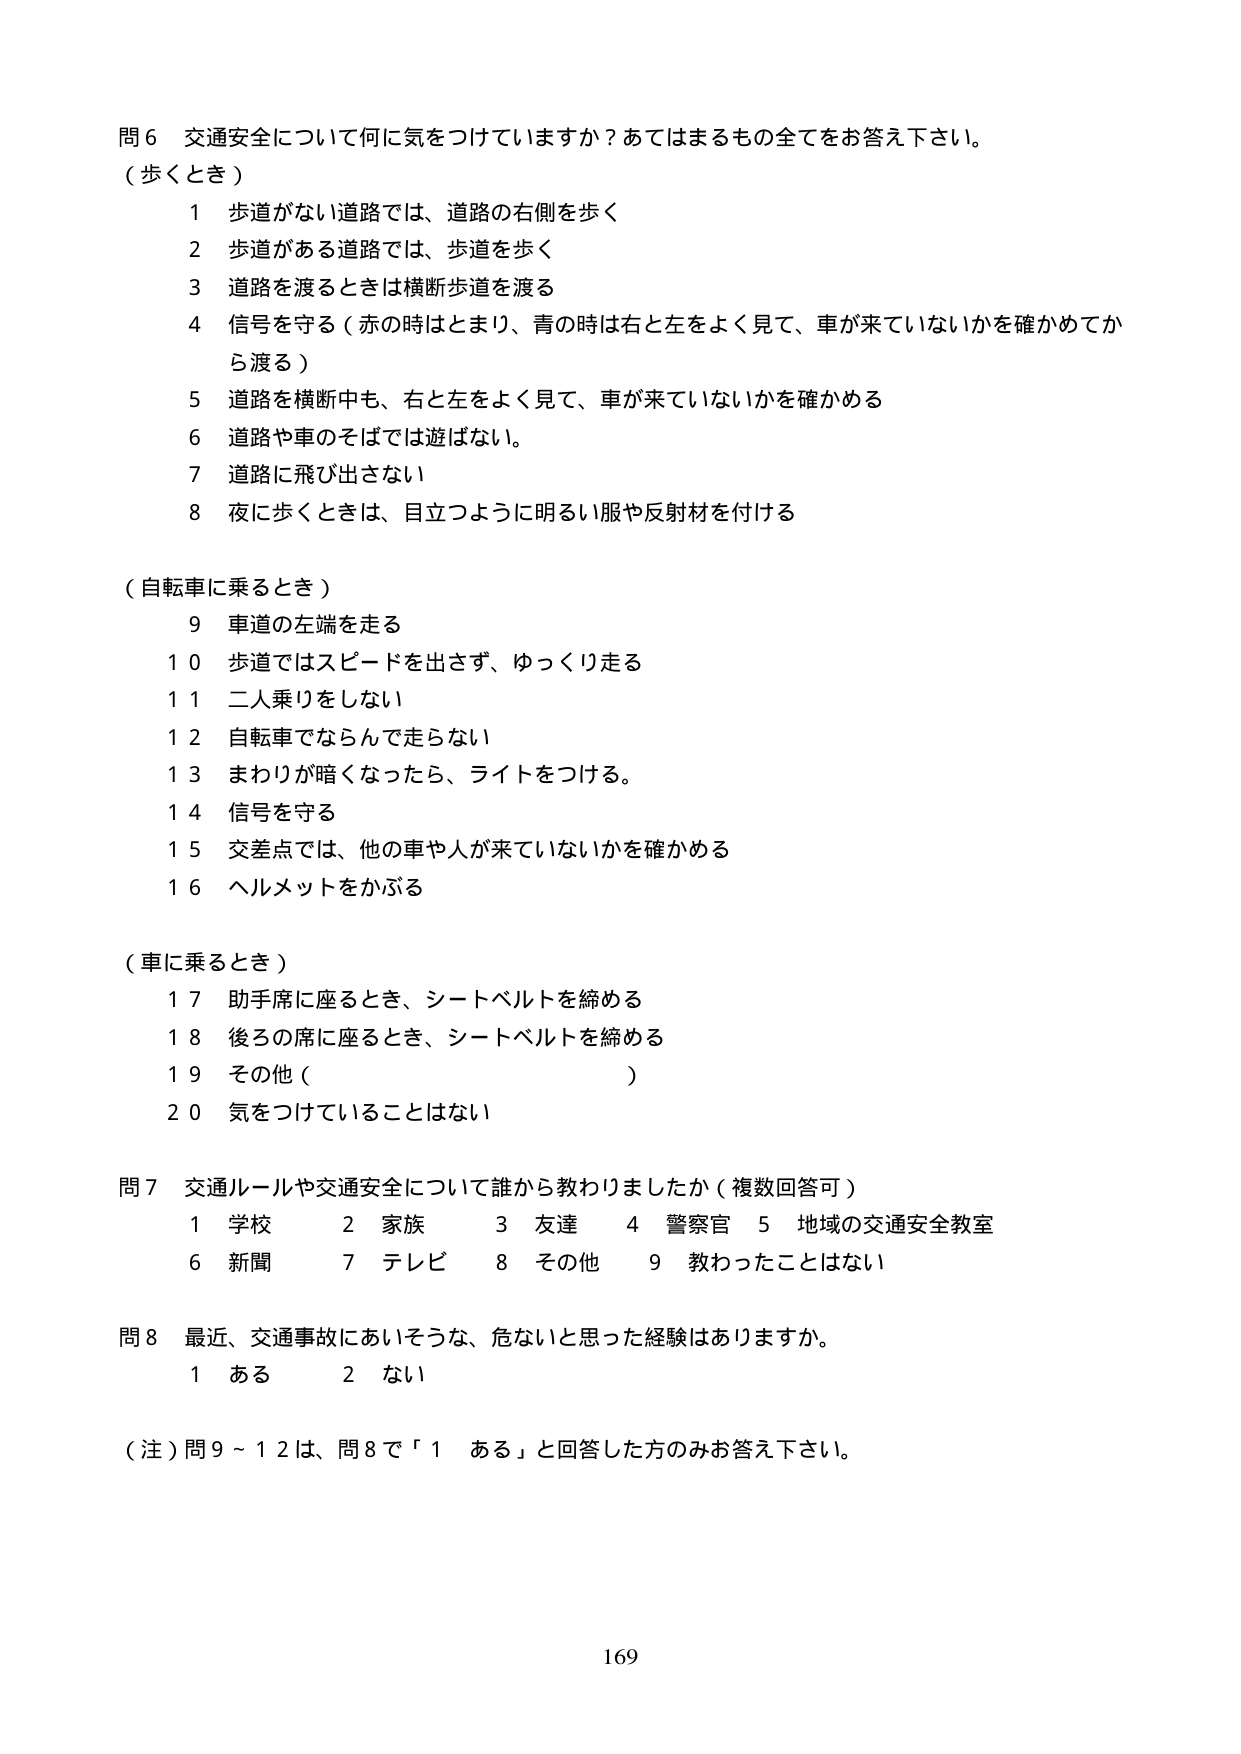
問６ 交通安全について何に気をつけていますか？あてはまるもの全てをお答え下さい。

（歩くとき）
１ 歩道がない道路では、道路の右側を歩く
２ 歩道がある道路では、歩道を歩く
３ 道路を渡るときは横断歩道を渡る
４ 信号を守る（赤の時はとまり、青の時は右と左をよく見て、車が来ていないかを確かめてから渡る）
５ 道路を横断中も、右と左をよく見て、車が来ていないかを確かめる
６ 道路や車のそばでは遊ばない。
７ 道路に飛び出さない
８ 夜に歩くときは、目立つように明るい服や反射材を付ける

（自転車に乗るとき）
９ 車道の左端を走る
１０ 歩道ではスピードを出さず、ゆっくり走る
１１ 二人乗りをしない
１２ 自転車でならんで走らない
１３ まわりが暗くなったら、ライトをつける。
１４ 信号を守る
１５ 交差点では、他の車や人が来ていないかを確かめる
１６ ヘルメットをかぶる

（車に乗るとき）
１７ 助手席に座るとき、シートベルトを締める
１８ 後ろの席に座るとき、シートベルトを締める
１９ その他（　　　　　　　　　　　　　）
２０ 気をつけていることはない

問７ 交通ルールや交通安全について誰から教わりましたか（複数回答可）
１ 学校　　２ 家族　　３ 友達　　４ 警察官　　５ 地域の交通安全教室
６ 新聞　　７ テレビ　　８ その他　　９ 教わったことはない

問８ 最近、交通事故にあいそうな、危ないと思った経験はありますか。
１ ある　　２ ない

（注）問９～１２は、問８で「１ ある」と回答した方のみお答え下さい。

169